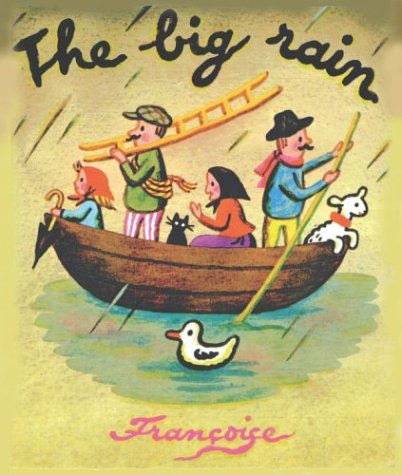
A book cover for The Big Rain; Francoise Seignobosc; Children's Books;